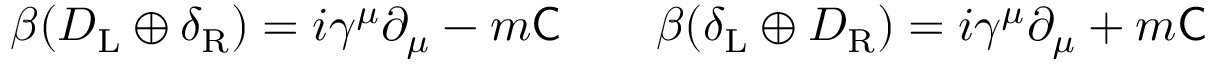
\beta ( D _ { \mathrm { { L } } } \oplus \delta _ { \mathrm { { R } } } ) = i \gamma ^ { \mu } \partial _ { \mu } - m { \mathsf { C } } \qquad \beta ( \delta _ { \mathrm { { L } } } \oplus D _ { \mathrm { { R } } } ) = i \gamma ^ { \mu } \partial _ { \mu } + m { \mathsf { C } }